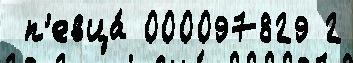
 п'евца́ 000097829 2